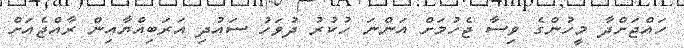
ހައްޖަށްދާ މީހުންގެ ވިސާ ޖެހުމަށް އަންނަ ހުކުރު ދުވަހު ސައުދި އަރަބިއްޔާއިން ރާއްޖެއަށް